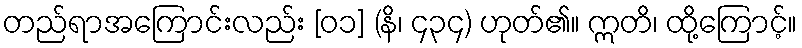
တည်ရာအကြောင်းလည်း [၀၁] (နိ၊ ၄၃၄) ဟုတ်၏။ ဣတိ၊ ထို့ကြောင့်။